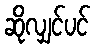
ဆိုလျှင်ပင်